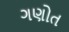
ગણોત